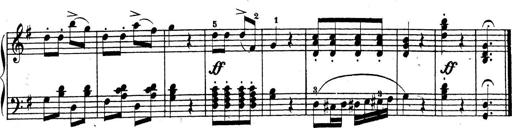
Title: 4 Sonatinas
Composer: Jacob Schmitt